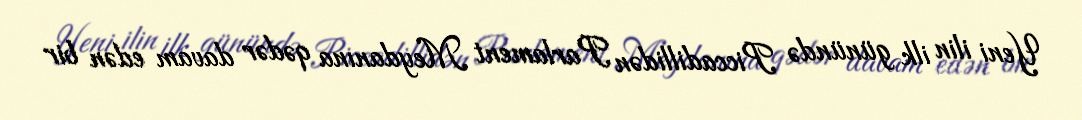
Yeni ilin ilk günündə Piccadillidən Parlament Meydanına qədər davam edən bir